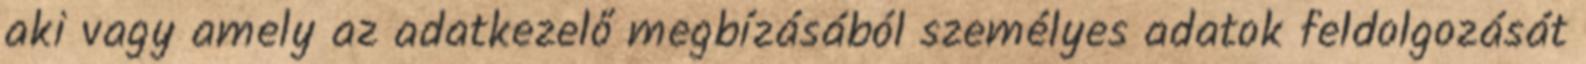
aki vagy amely az adatkezelő megbízásából személyes adatok feldolgozását